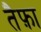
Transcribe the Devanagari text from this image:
तैफ़ा